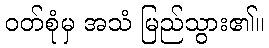
ဝတ်စုံမှ အသံ မြည်သွား၏။